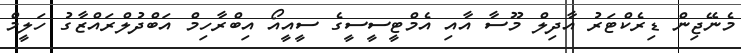
މެނޭޖިން ޑިރެކްޓަރު އާދިލް މޫސާ އާއި އެމްޓީސީސީގެ ސީއީއޯ އިބްރާހިމް އަބްދުލްރައްޒާގު ހަލީމް